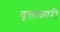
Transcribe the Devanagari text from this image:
वृत्ताकारी